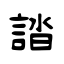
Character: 誻